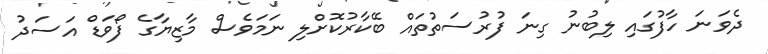
ދެވަނަ ހާފުގައި ލިބުނު ގިނަ ފުރުސަތުތައް ބޭކާރުކޮށްލި ނަމަވެސް މާޒިޔާގެ ފޯވަޑް އަސަދު